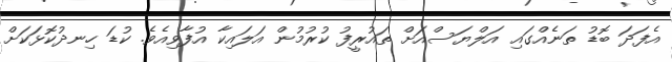
އެފަދަ ބޮޑު ތަނެއްގައި އަލްޔަސްއަށް ތައުރީފު ކުރުމުން އަލައިކާ އުފާވިއެވެ. ކުޑަ ހިނދުކޮޅަކަށް